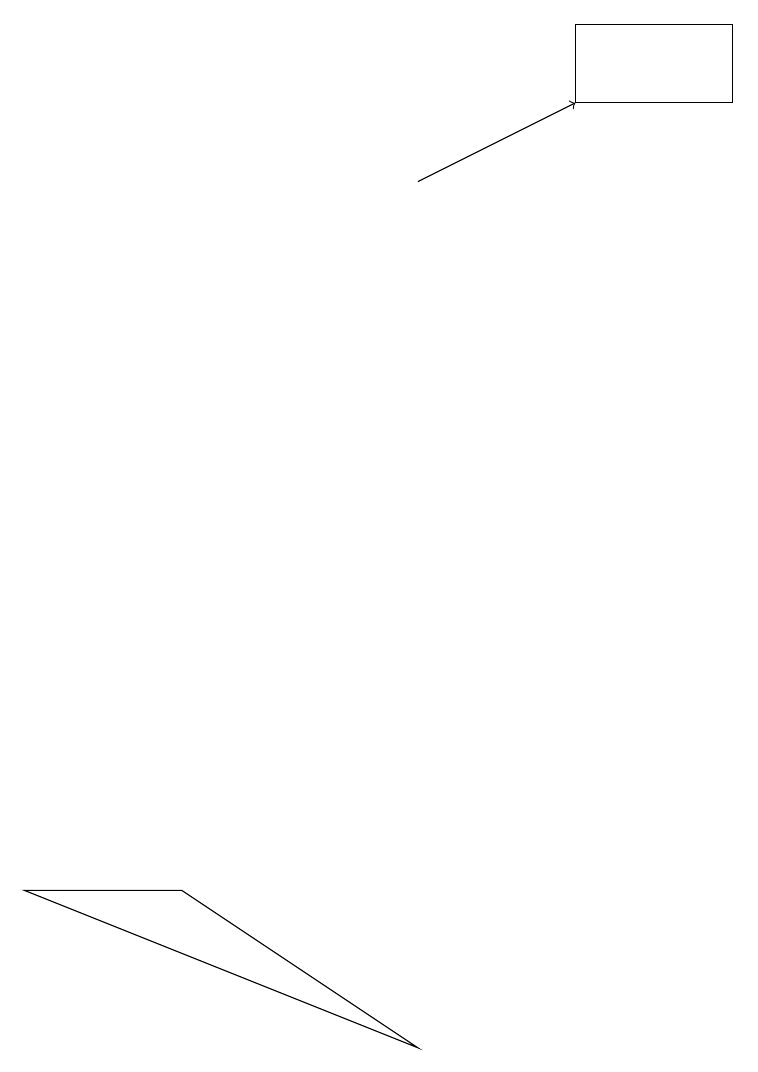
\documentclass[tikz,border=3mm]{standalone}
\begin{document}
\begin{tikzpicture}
\draw (5,5) -- (0,7) -- (2,7) -- cycle;
\draw (7,18) rectangle (9,17);
\draw[->] (5,16) -- (7,17);
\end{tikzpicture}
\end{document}